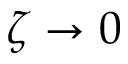
\zeta \to 0